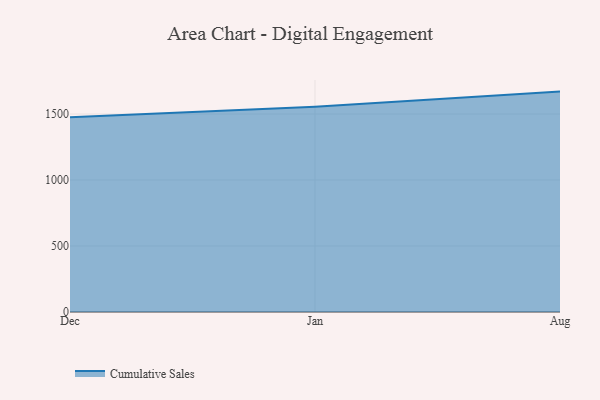
{"axis": {"x": "Month", "y": "Satisfaction Score"}, "legend": ["Cumulative Sales"], "data": [{"x": "Dec", "y": 1475.4, "type": "Cumulative Sales"}, {"x": "Jan", "y": 1554.8, "type": "Cumulative Sales"}, {"x": "Aug", "y": 1670.0, "type": "Cumulative Sales"}]}